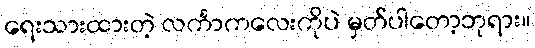
ရေးသားထားတဲ့ လင်္ကာကလေးကိုပဲ မှတ်ပါတော့ဘုရား။